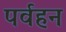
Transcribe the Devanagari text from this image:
पर्वहन